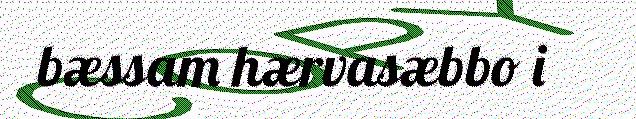
bæssam hærvasæbbo i